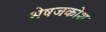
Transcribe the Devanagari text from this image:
भेषजकोश